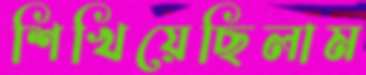
শিখিয়েছিলাম